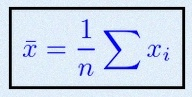
\bar{x}=\frac1n\sum x_i